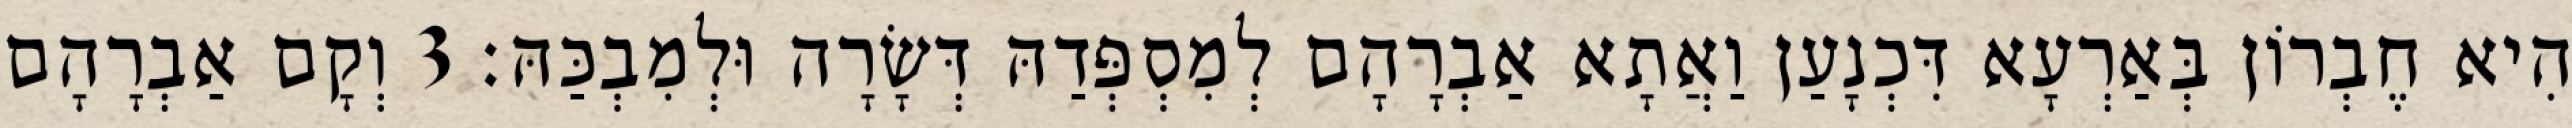
הִיא חֶבְרוֹן בְּאַרְעָא דִּכְנָעַן וַאֲתָא אַבְרָהָם לְמִסְפְּדַהּ דְּשָׂרָה וּלְמִבְכַּהּ׃ 3 וְקָם אַבְרָהָם